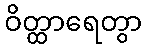
ဝိတ္ထာရေတွာ